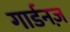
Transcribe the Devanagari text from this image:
गार्डनज़